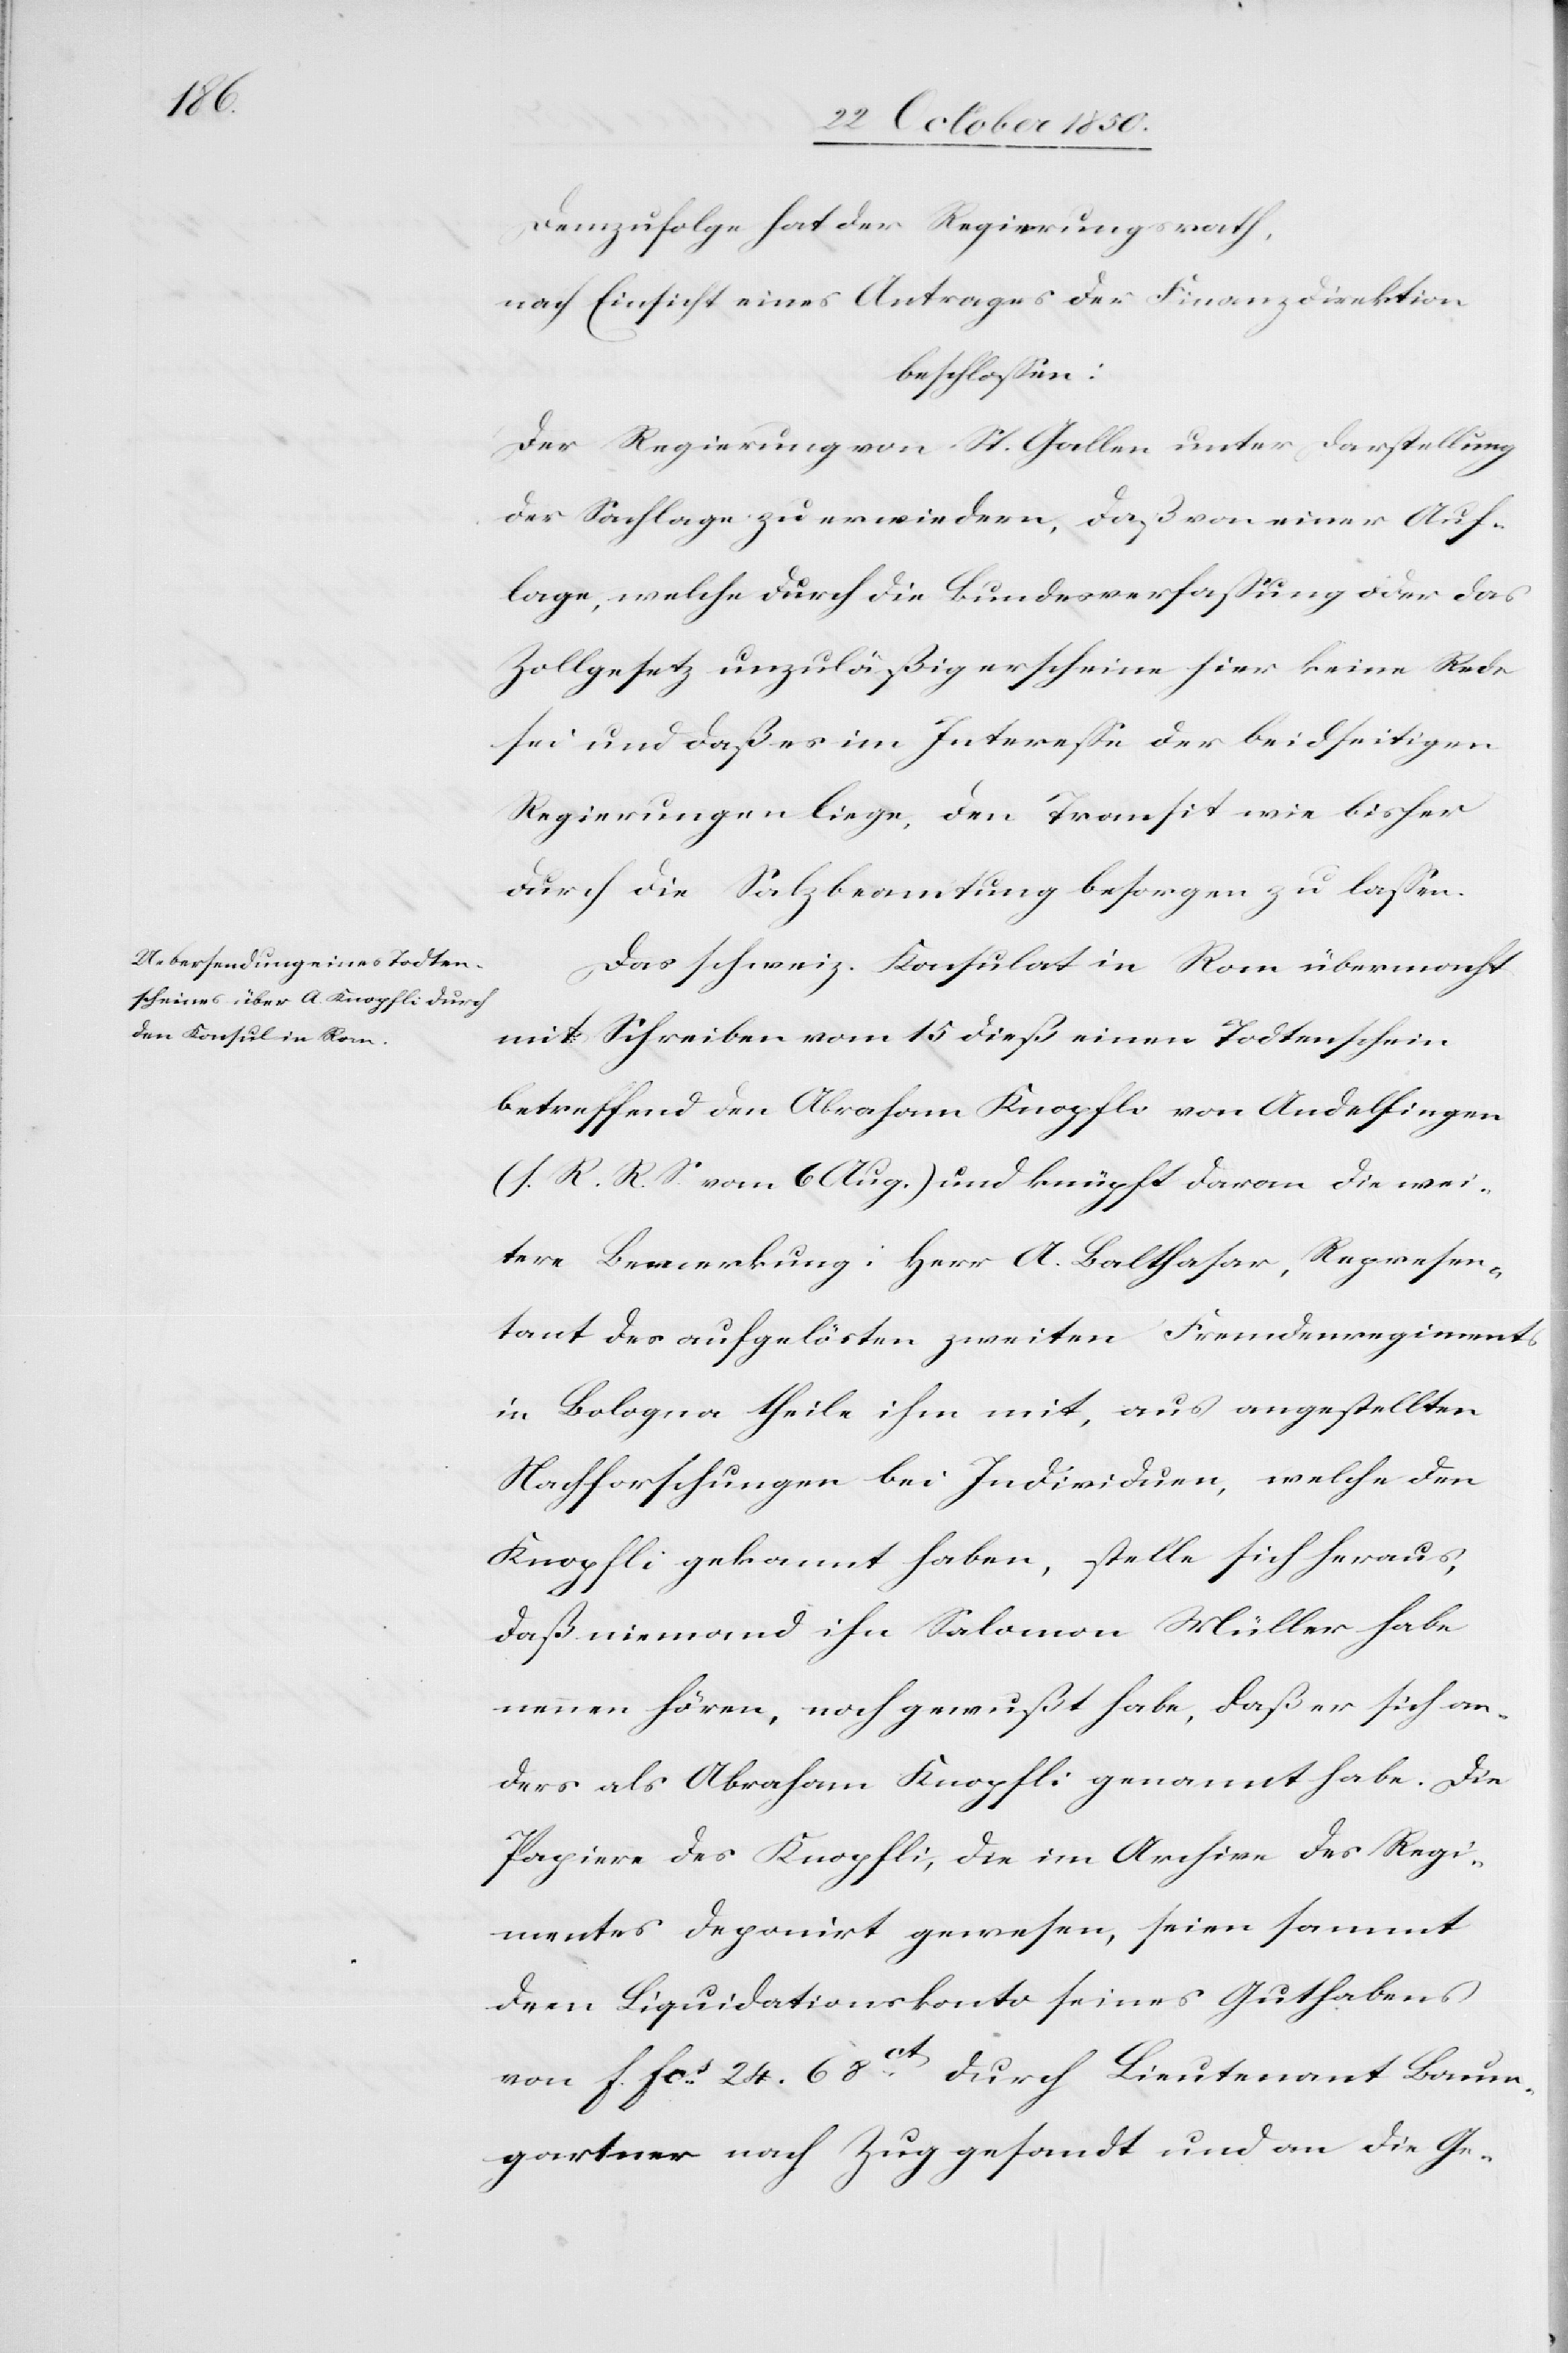
Demzufolge hat der Regierungsrath,
nach Einsicht eines Antrages der Finanzdirektion
beschlossen:
Der Regierung von St. Gallen unter Darstellung
der Sachlage zu erwiedern, daß von einer Auf¬
lage, welche durch die Bundesverfassung oder das
Zollgesetz unzuläßig erscheine hier keine Rede
sei und daß es im Interesse der beidseitigen
Regierungen liege, den Transit wie bisher
durch die Salzbeamtung besorgen zu lassen.
Das schweiz. Konsulat in Rom übermacht
mit Schreiben vom 15 dieß einen Todtenschein
betreffend den Abraham Knopfli von Andelfingen
(s. R. R. S. vom 6 Aug.) und knüpft daran die wei¬
tere Bemerkung: Herr A. Balthasar, Represen¬
tant des aufgelösten zweiten Fremdenregiments
in Bologna theile ihm mit, aus angestellten
Nachforschungen bei Individuen, welche den
Knopfli gekannt haben, stelle sich heraus,
daß niemand ihn Salomon Müller habe
nennen hören, noch gewußt habe, daß er sich an¬
ders als Abraham Knopfli genannt habe. Die
Papiere des Knopfli, die im Archive des Regi¬
mentes deponirt gewesen, seien sammt
dem Liquidationskonto seines Guthabens
von f. fcs 24 68 ct durch Lieutenant Baum¬
gartner nach Zug gesandt und an die Ge-